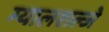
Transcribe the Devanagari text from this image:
ग्यालशल्जे